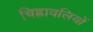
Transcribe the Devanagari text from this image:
चिह्नावलियों